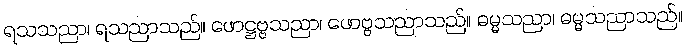
ရသသညာ၊ ရသညာသည်။ ဖောဋ္ဌဗ္ဗသညာ၊ ဖောဗ္ဗသညာသည်။ ဓမ္မသညာ၊ ဓမ္မသညာသည်။